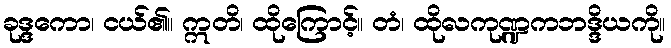
ခုဒ္ဒကော၊ ငယ်၏။ ဣတိ၊ ထိုကြောင့်။ တံ၊ ထိုလကုဏ္ဍကဘဒ္ဒိယကို။